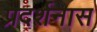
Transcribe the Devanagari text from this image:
प्रदर्शनास